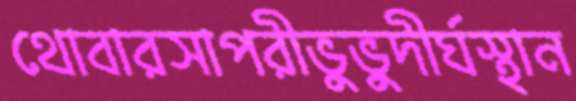
থোবারসাপরীভুভুদীর্ঘস্থান